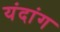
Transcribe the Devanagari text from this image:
यंदांग